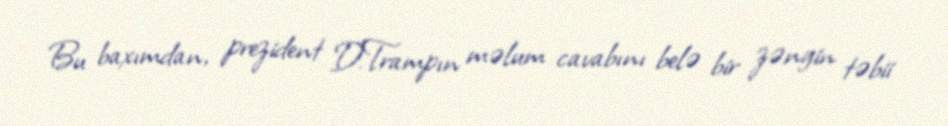
Bu baxımdan, prezident D.Trampın məlum cavabını belə bir zəngin təbii